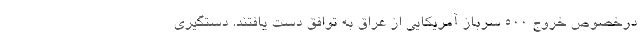
درخصوص خروج ۵۰۰ سرباز آمریکایی از عراق به توافق دست یافتند. دستگیری